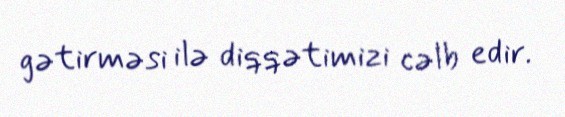
gətirməsi ilə diqqətimizi cəlb edir.